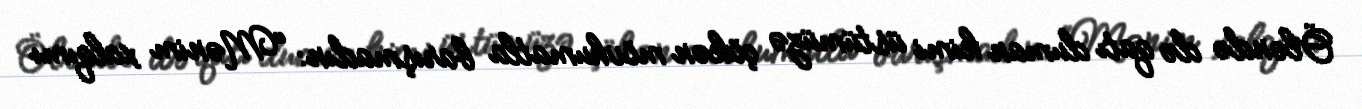
Öləndə də qatı duman kimi üstümüzə çökən mövhumatla barışmadın: “Mənim xalqımı